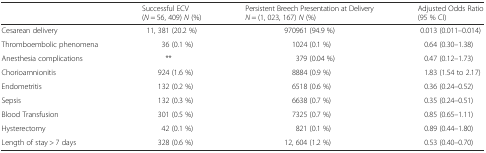
<table><thead><tr><td></td><td><b>Successful ECV(<i>N</i> = 56, 409) <i>N</i> (%)</b></td><td><b>Persistent Breech Presentation at Delivery<i>N</i> = (1, 023, 167) <i>N</i> (%)</b></td><td><b>Adjusted Odds Ratio (95 % CI)</b></td></tr></thead><tbody><tr><td>Cesarean delivery</td><td>11, 381 (20.2 %)</td><td>970961 (94.9 %)</td><td>0.013 (0.011–0.014)</td></tr><tr><td>Thromboembolic phenomena</td><td>36 (0.1 %)</td><td>1024 (0.1 %)</td><td>0.64 (0.30–1.38)</td></tr><tr><td>Anesthesia complications</td><td>**</td><td>379 (0.04 %)</td><td>0.47 (0.12–1.73)</td></tr><tr><td>Chorioamnionitis</td><td>924 (1.6 %)</td><td>8884 (0.9 %)</td><td>1.83 (1.54 to 2.17)</td></tr><tr><td>Endometritis</td><td>132 (0.2 %)</td><td>6518 (0.6 %)</td><td>0.36 (0.24–0.52)</td></tr><tr><td>Sepsis</td><td>132 (0.3 %)</td><td>6638 (0.7 %)</td><td>0.35 (0.24–0.51)</td></tr><tr><td>Blood Transfusion</td><td>301 (0.5 %)</td><td>7325 (0.7 %)</td><td>0.85 (0.65–1.11)</td></tr><tr><td>Hysterectomy</td><td>42 (0.1 %)</td><td>821 (0.1 %)</td><td>0.89 (0.44–1.80)</td></tr><tr><td>Length of stay &gt; 7 days</td><td>328 (0.6 %)</td><td>12, 604 (1.2 %)</td><td>0.53 (0.40–0.70)</td></tr></tbody></table>